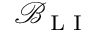
\mathcal { B } _ { \textrm { L I } }